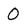
Character: 0